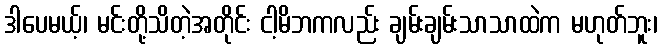
ဒါပေမယ့်၊ မင်းတို့သိတဲ့အတိုင်း ငါ့မိဘကလည်း ချမ်းချမ်းသာသာထဲက မဟုတ်ဘူး၊